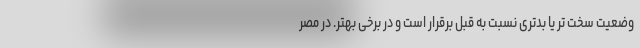
وضعیت سخت تر یا بدتری نسبت به قبل برقرار است و در برخی بهتر. در مصر